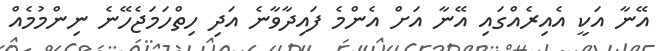
އޭނާ އަކީ އެއިރެއްގައި އޭނާ އަށް އެންމެ ފައިދާވާނެ އަދި ހިތްހަމަޖެހޭނެ ނިންމުމެއް